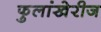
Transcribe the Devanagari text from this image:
फुलांखेरीज